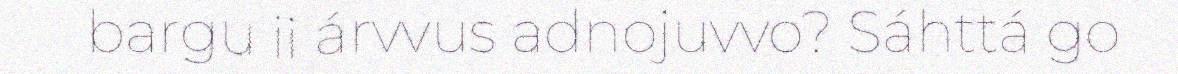
bargu ii árvvus adnojuvvo? Sáhttá go